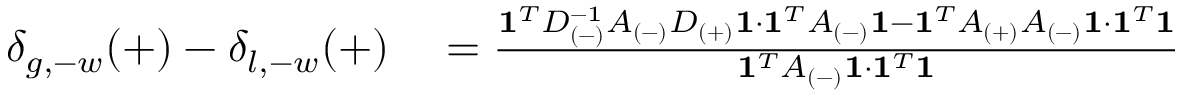
\begin{array} { r l } { \delta _ { g , - w } ( + ) - \delta _ { l , - w } ( + ) } & { { } = \frac { \mathbf { 1 } ^ { T } D _ { ( - ) } ^ { - 1 } A _ { ( - ) } D _ { ( + ) } \mathbf { 1 } \cdot \mathbf { 1 } ^ { T } A _ { ( - ) } \mathbf { 1 } - \mathbf { 1 } ^ { T } A _ { ( + ) } A _ { ( - ) } \mathbf { 1 } \cdot \mathbf { 1 } ^ { T } \mathbf { 1 } } { \mathbf { 1 } ^ { T } A _ { ( - ) } \mathbf { 1 } \cdot \mathbf { 1 } ^ { T } \mathbf { 1 } } \, } \end{array}